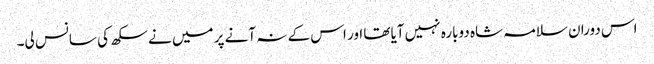
اس دوران سلامہ شاہ دوبارہ نہیں آیاتھا اور اس کے نہ آنے پر میں نے سکھ کی سانس لی۔